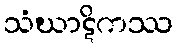
သံဃာဋိကဿ